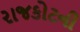
રાજકોટની